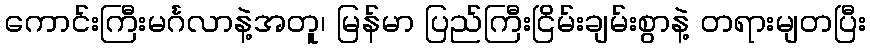
ကောင်းကြီးမင်္ဂလာနဲ့အတူ၊ မြန်မာ ပြည်ကြီးငြိမ်းချမ်းစွာနဲ့ တရားမျတပြီး